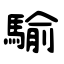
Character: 騟